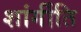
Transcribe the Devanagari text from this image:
शांर्गीति